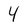
Character: 4